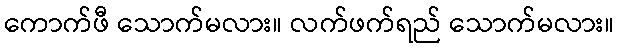
ကောက်ဖီ သောက်မလား။ လက်ဖက်ရည် သောက်မလား။